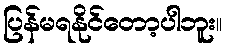
ပြန်မရနိုင်တော့ပါဘူး။